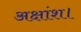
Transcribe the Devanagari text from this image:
अक्षांश।